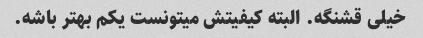
خیلی قشنگه. البته کیفیتش میتونست یکم بهتر باشه.